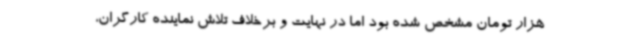
هزار تومان مشخص شده بود اما در نهایت و برخلاف تلاش نماینده کارگران،